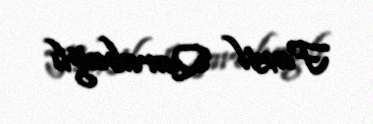
Fazil Qarabağlı